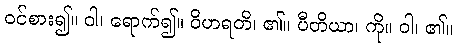
ဝင်စား၍။ ဝါ၊ ရောက်၍။ ဝိဟရတိ၊ ၏။ ပီတိယာ၊ ကို။ ဝါ၊ ၏။